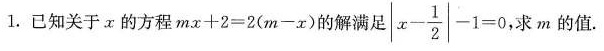
1.已知关于α的方程$$m x + 2 = 2 ( m - x )$$的解满足 $$| \left | x - \frac { 1 } { 2 } \right | - 1 = 0$$ ，求m的值。